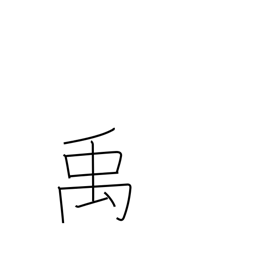
Meaning: name of a Chinese emperor